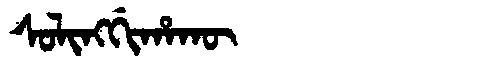
Manchu: ᠰᠣᠯᡳᠩᡤᡳᡥᠠᡴᡡ
Romanization: SOLINGGIHAKŪ